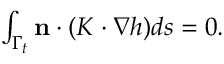
\begin{array} { r } { \int _ { \Gamma _ { t } } \mathbf { n } \cdot ( K \cdot \nabla h ) d s = 0 . } \end{array}